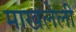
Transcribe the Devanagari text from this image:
माखलेली